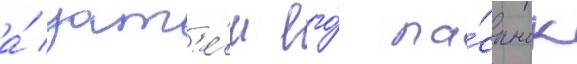
а́ зат'е́м его́ па́сынок